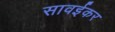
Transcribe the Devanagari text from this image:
सावईकर